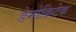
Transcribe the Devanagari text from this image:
डेमोक्रिटेक